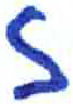
אות: ז